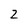
Character: 2